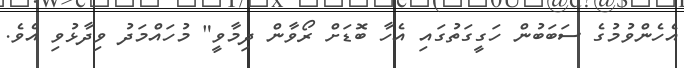
އެހެންވުމުގެ ސަބަބުން ހަގީގަތުގައި އެހާ ބޮޑަށް ރޯވާން ދިމާވީ" މުހައްމަދު ވިދާޅުވި އެވެ.